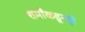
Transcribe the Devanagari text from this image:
शर्मांकडूनही